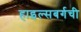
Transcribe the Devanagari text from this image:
हाइल्सबर्गची